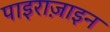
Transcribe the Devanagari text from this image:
पाइराज़ाइन